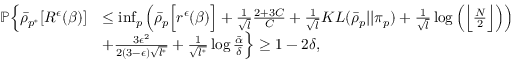
\begin{array} { r l } { \mathbb { P } \Big \{ \bar { \rho } _ { p ^ { * } } [ R ^ { \epsilon } ( \beta ) ] } & { \leq \operatorname* { i n f } _ { p } \Big ( \bar { \rho } _ { p } \Big [ r ^ { \epsilon } ( \beta ) \Big ] + \frac { 1 } { \sqrt { l } } \frac { 2 + 3 C } { C } + \frac { 1 } { \sqrt { l } } K L ( \bar { \rho } _ { p } | | \pi _ { p } ) + \frac { 1 } { \sqrt { l } } \log \Big ( \Big \lfloor \frac { N } { 2 } \Big \rfloor \Big ) \Big ) } \\ & { + \frac { 3 \epsilon ^ { 2 } } { 2 ( 3 - \epsilon ) \sqrt { l ^ { * } } } + \frac { 1 } { \sqrt { l ^ { * } } } \log \frac { \bar { \alpha } } { \delta } \Big \} \geq 1 - 2 \delta , } \end{array}